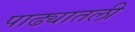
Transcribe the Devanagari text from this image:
पाढ्यातली